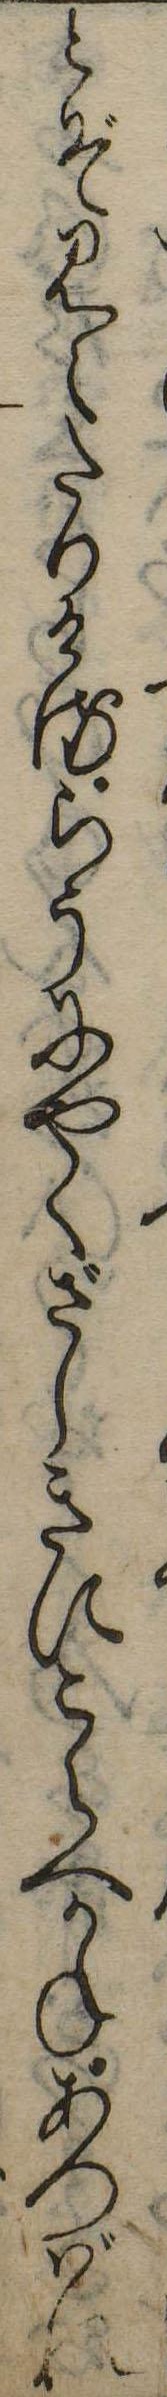
とぞ見えたりけるらうにやくざしきにとらへかねあつばれ